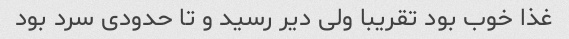
غذا خوب بود تقریبا ولی دیر رسید و تا حدودی سرد بود